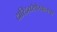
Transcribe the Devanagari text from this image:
दारिद्र्यरेषेखालचा